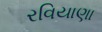
રવિયાણા